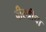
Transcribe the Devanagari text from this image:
वीरश्रीचा